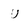
Character: u